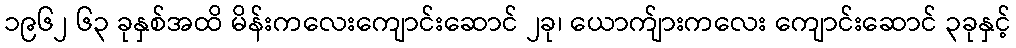
၁၉၆၂ ၆၃ ခုနှစ်အထိ မိန်းကလေးကျောင်းဆောင် ၂ခု၊ ယောက်ျားကလေး ကျောင်းဆောင် ၃ခုနှင့်